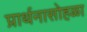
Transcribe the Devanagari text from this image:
प्रार्थनासोहळा